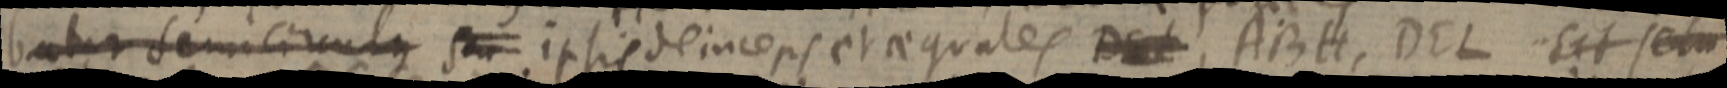
batur semicirculus s_ ipsis deinceps et aequales DE ABH, DEL sit se_